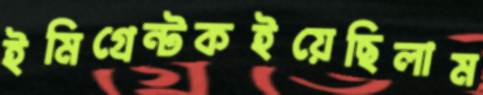
ইমিগ্রেন্টকইয়েছিলাম